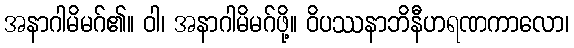
အနာဂါမိမဂ်၏။ ဝါ၊ အနာဂါမိမဂ်ဖို့။ ဝိပဿနာဘိနီဟရဏကာလော၊